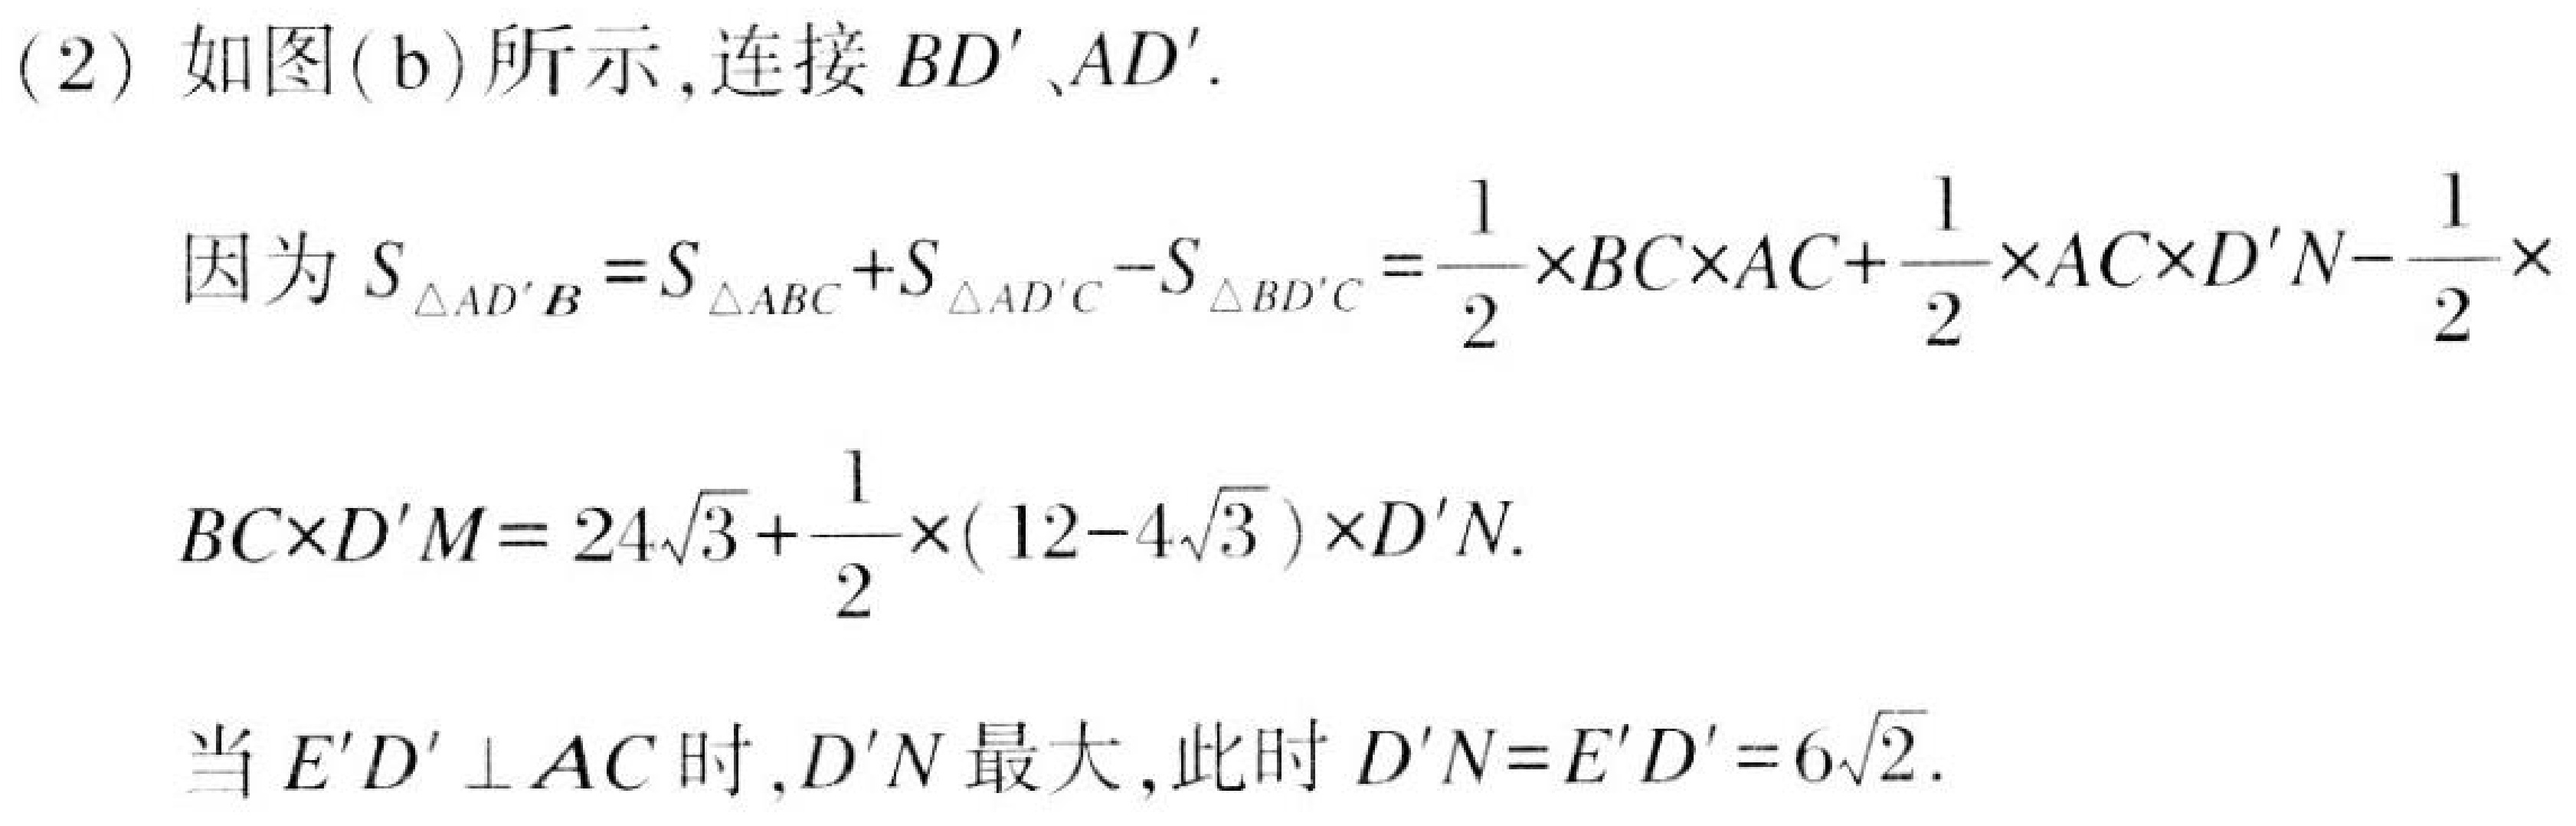
(2) 如图(b)所示,连接 \(BD'\)、\(AD'\).

因为 \(S_{\triangle AD'B}=S_{\triangle ABC}+S_{\triangle AD'C}-S_{\triangle BD'C}=\frac{1}{2}\times BC\times AC+\frac{1}{2}\times AC\times D'N - \frac{1}{2}\times\)

\(BC\times D'M=24\sqrt{3}+\frac{1}{2}\times(12 - 4\sqrt{3})\times D'N\).

当 \(E'D'\perp AC\) 时,\(D'N\) 最大,此时 \(D'N = E'D'=6\sqrt{2}\).